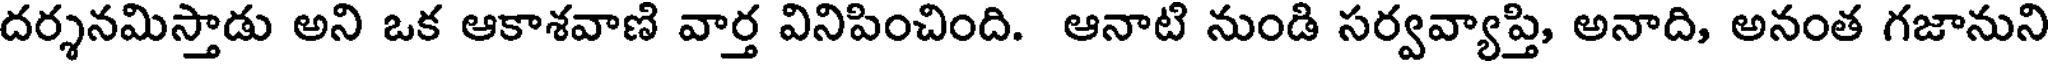
దర్శనమిస్తాడు అని ఒక ఆకాశవాణి వార్త వినిపించింది. ఆనాటి నుండి సర్వవ్యాప్తి, అనాది, అనంత గజానుని